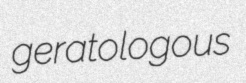
geratologous